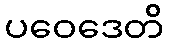
ပဝေဒေတိ